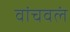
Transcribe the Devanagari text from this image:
वांचवलं